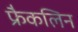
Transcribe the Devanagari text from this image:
फ्रैकलिन